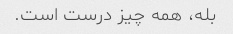
بله، همه چیز درست است.